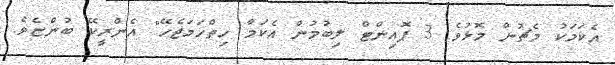
އެކަމަކު މެޗުން މޮޅުވެ 3 ޕޮއިންޓް ލިބުމުން އެކަމާ ހިތްހަމަޖެހޭ" އެންރީކޭ ބުންޏެވެ.